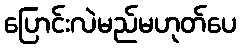
ပြောင်းလဲမည်မဟုတ်ပေ